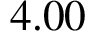
4 . 0 0